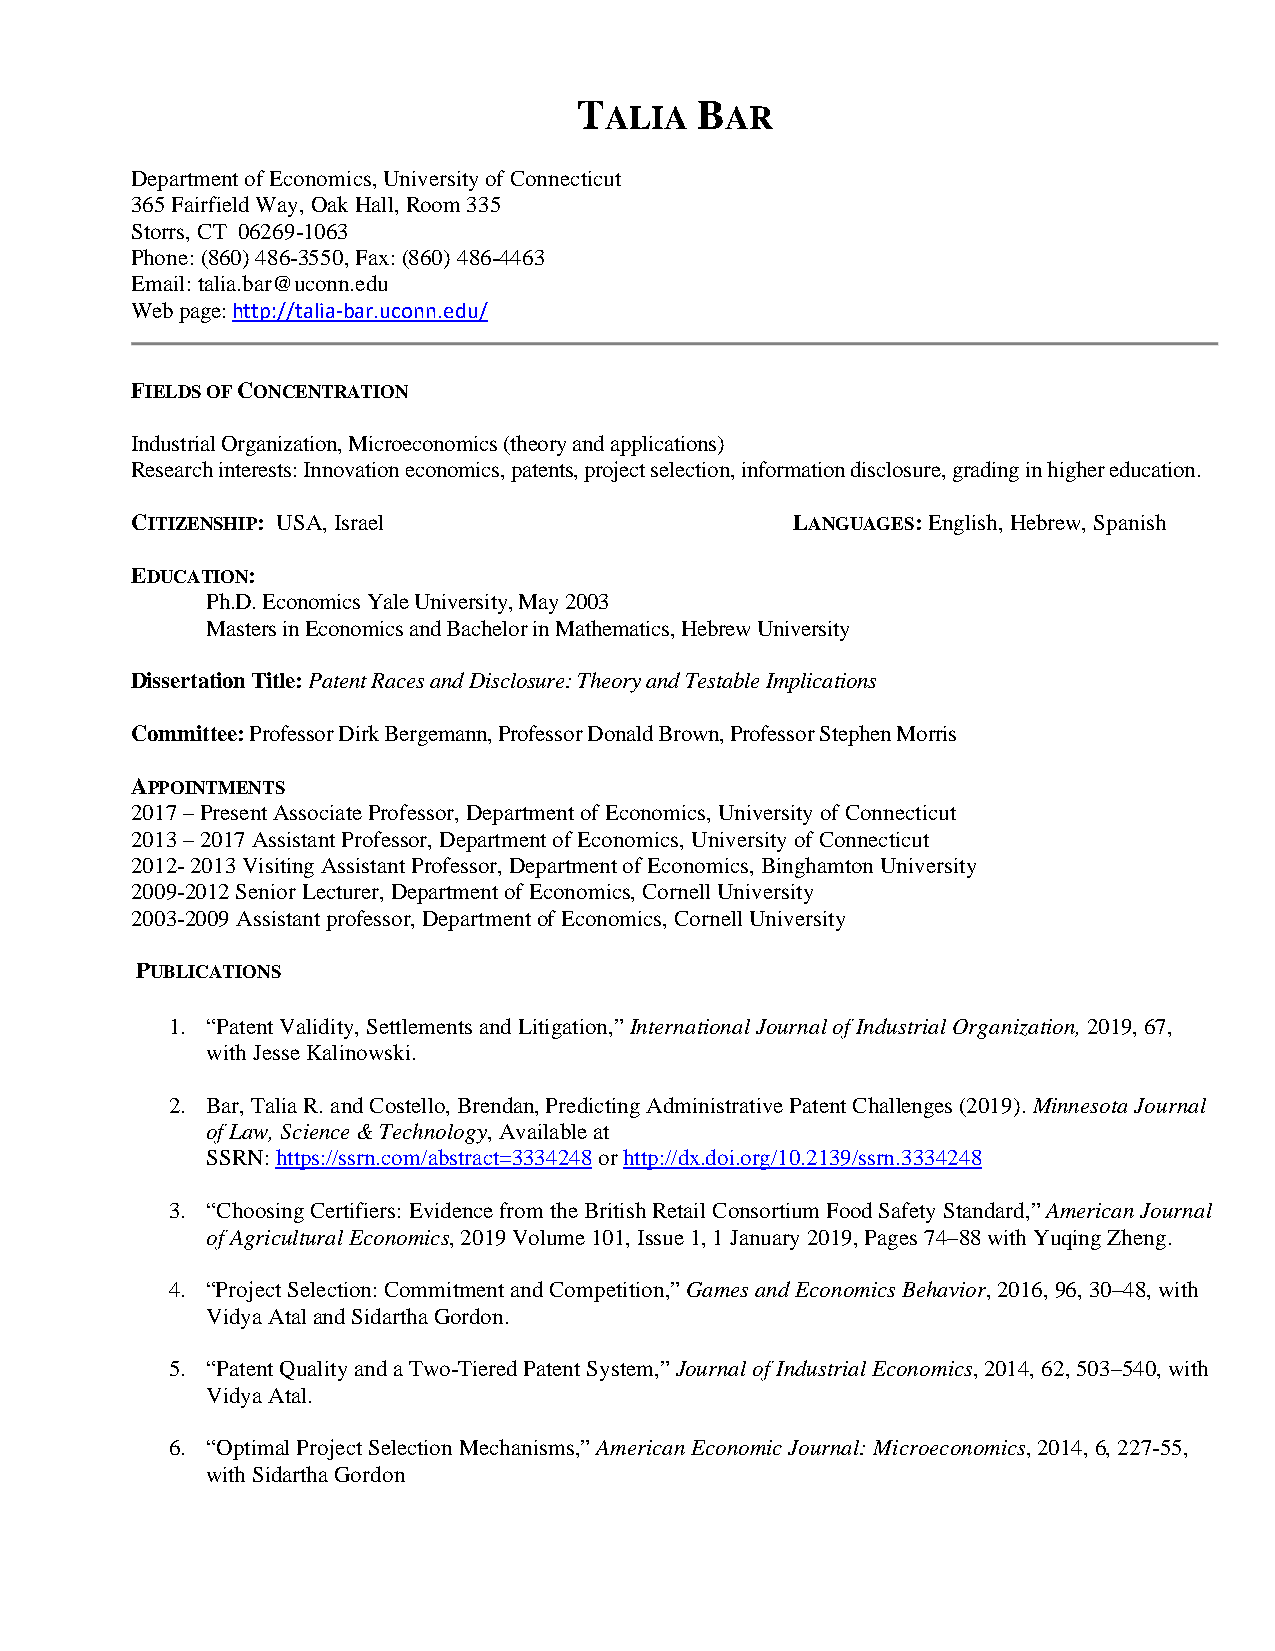
TALIA   BAR
 Department of Economics, University of Connecticut
 365 Fairfield Way, Oak Hall, Room 335
 Storrs, CT 06269-1063
 Phone: (860) 486-3550, Fax: (860) 486-4463
 Email: talia.bar@uconn.edu
 Web page: http://talia-bar.uconn.edu/
 FIELDS OF CONCENTRATION
 Industrial Organization, Microeconomics (theory and applications)
 Research interests: Innovation economics, patents, project selection, information disclosure, grading in higher education.
 CITIZENSHIP: USA, Israel                    LANGUAGES: English, Hebrew, Spanish
 EDUCATION:
 Ph.D. Economics Yale University, May 2003
 Masters in Economics and Bachelor in Mathematics, Hebrew University
 Dissertation Title: Patent Races and Disclosure: Theory and Testable Implications
 Committee: Professor Dirk Bergemann, Professor Donald Brown, Professor Stephen Morris
 APPOINTMENTS
 2017 – Present Associate Professor, Department of Economics, University of Connecticut
 2013 – 2017 Assistant Professor, Department of Economics, University of Connecticut
 2012- 2013 Visiting Assistant Professor, Department of Economics, Binghamton University
 2009-2012 Senior Lecturer, Department of Economics, Cornell University
 2003-2009 Assistant professor, Department of Economics, Cornell University
 PUBLICATIONS
 1. “Patent Validity, Settlements and Litigation,” International Journal of Industrial Organization, 2019, 67,
 with Jesse Kalinowski.
 2. Bar, Talia R. and Costello, Brendan, Predicting Administrative Patent Challenges (2019). Minnesota Journal
 of Law, Science & Technology, Available at
 SSRN: https://ssrn.com/abstract=3334248 or http://dx.doi.org/10.2139/ssrn.3334248
 3. “Choosing Certifiers: Evidence from the British Retail Consortium Food Safety Standard,” American Journal
 of Agricultural Economics, 2019 Volume 101, Issue 1, 1 January 2019, Pages 74–88 with Yuqing Zheng.
 4. “Project Selection: Commitment and Competition,” Games and Economics Behavior, 2016, 96, 30–48, with
 Vidya Atal and Sidartha Gordon.
 5. “Patent Quality and a Two-Tiered Patent System,” Journal of Industrial Economics, 2014, 62, 503–540, with
 Vidya Atal.
 6. “Optimal Project Selection Mechanisms,” American Economic Journal: Microeconomics, 2014, 6, 227-55,
 with Sidartha Gordon